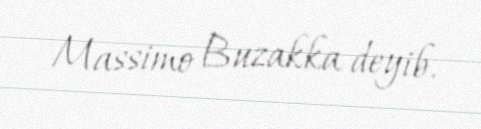
Massimo Buzakka deyib.